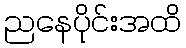
ညနေပိုင်းအထိ